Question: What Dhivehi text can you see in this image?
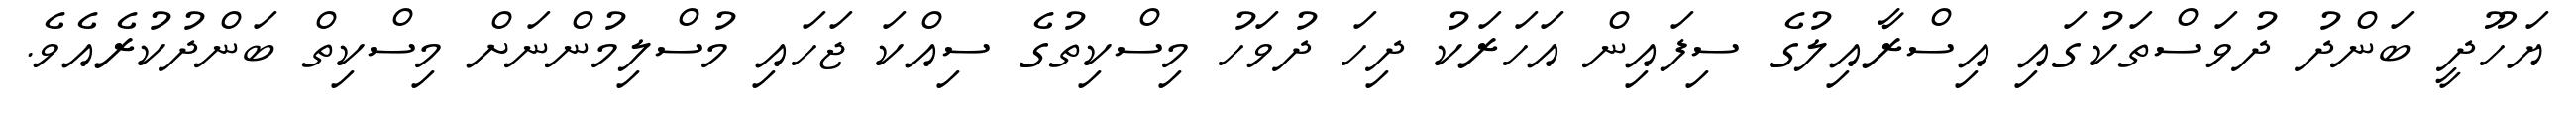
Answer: ޔަހޫދީ ބަންދު ދުވަސްތަކުގައި އިސްރާއިލުގެ ސިފައިން އަހަރަކު ދިހަ ދުވަހު މިސްކިތުގެ ސިއްކަ ޖަހައި މުސްލިމުންނަށް މިސްކިތް ބަންދުކުރެއެވެ.